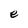
Character: e